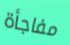
مفاجأة